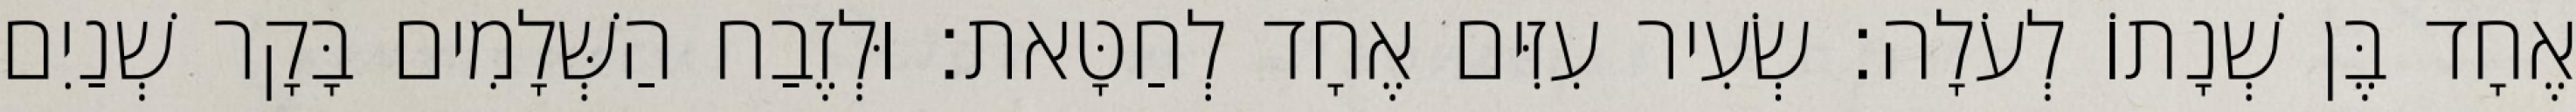
אֶחָד בֶּן שְׁנָתוֹ לְעֹלָה׃ שְׂעִיר עִזִּים אֶחָד לְחַטָּאת׃ וּלְזֶבַח הַשְּׁלָמִים בָּקָר שְׁנַיִם